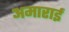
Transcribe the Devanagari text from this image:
अमाराई